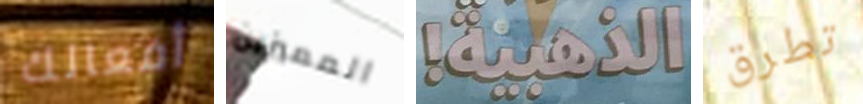
أفعالك المميزين الذهبية! تطرق